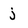
Character: j